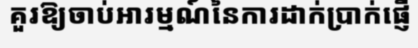
គួរឱ្យចាប់អារម្មណ៍នៃការដាក់ប្រាក់ផ្ញើ